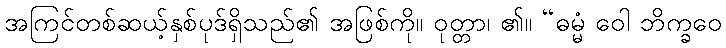
အကြင်တစ်ဆယ့်နှစ်ပုဒ်ရှိသည်၏ အဖြစ်ကို။ ဝုတ္တာ၊ ၏။ “ဓမ္မံ ဝေါ ဘိက္ခဝေ